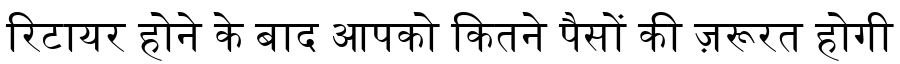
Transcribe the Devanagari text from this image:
रिटायर होने के बाद आपको कितने पैसों की ज़रूरत होगी